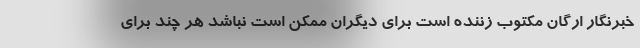
خبرنگار ارگان مکتوب زننده است برای دیگران ممکن است نباشد هر چند برای